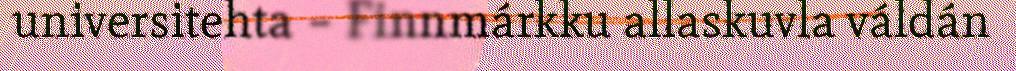
universitehta – Finnmárkku allaskuvla váldán